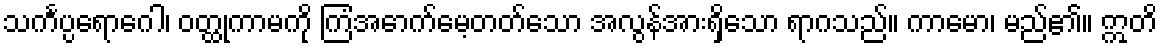
သင်္ကပ္ပရောဂေါ၊ ဝတ္ထုကာမကို ကြံအောက်မေ့တတ်သော အလွန်အားရှိသော ရာဂသည်။ ကာမော၊ မည်၏။ ဣတိ